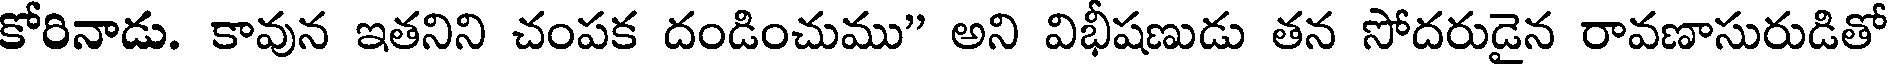
కోరినాడు. కావున ఇతనిని చంపక దండించుము" అని విభీషణుడు తన సోదరుడైన రావణాసురుడితో